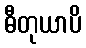
ဓီတုယာပိ